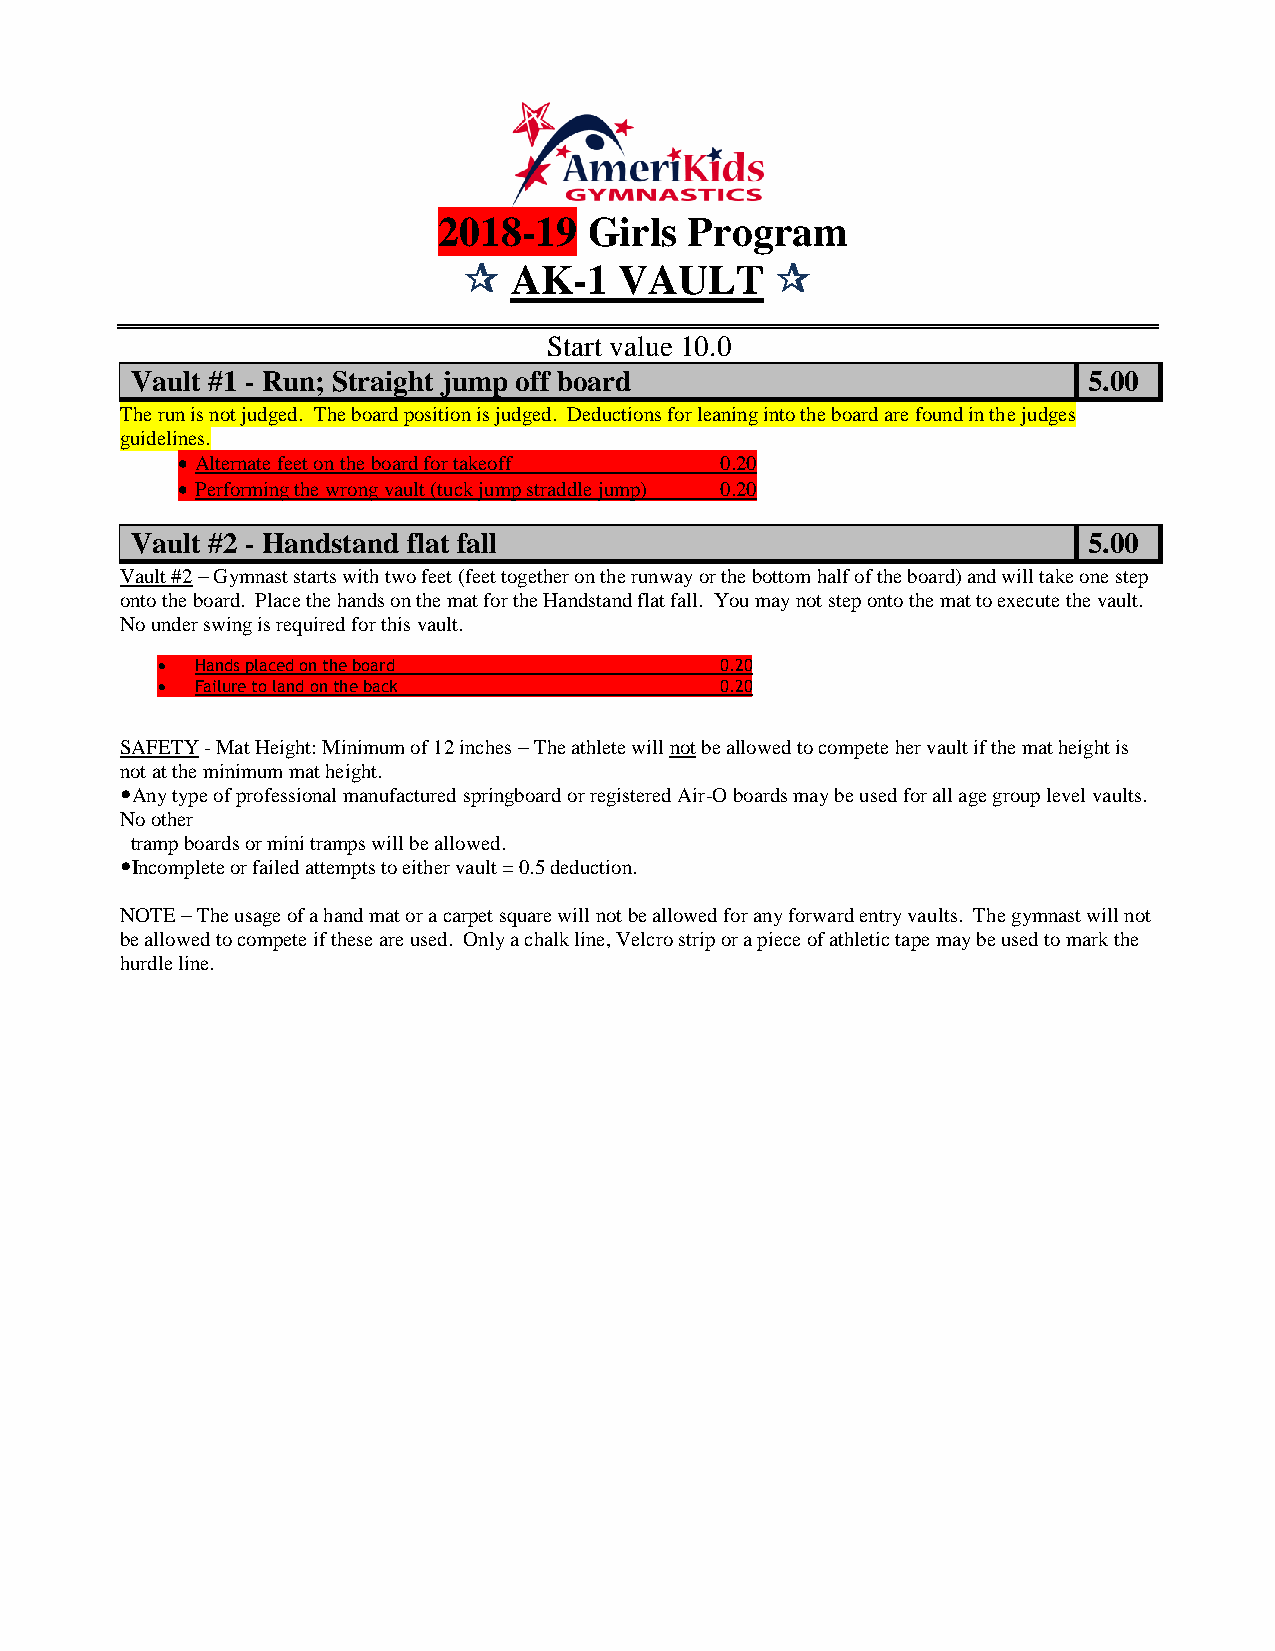
2018-19   Girls  Program
   AK-1   VAULT     
 Start value 10.0
 Vault #1 - Run; Straight jump off board                        5.00
 The run is not judged. The board position is judged. Deductions for leaning into the board are found in the judges
 guidelines.
  Alternate feet on the board for takeoff 0.20
  Performing the wrong vault (tuck jump straddle jump) 0.20
 Vault #2 - Handstand flat fall                                 5.00
 Vault #2 – Gymnast starts with two feet (feet together on the runway or the bottom half of the board) and will take one step
 onto the board. Place the hands on the mat for the Handstand flat fall. You may not step onto the mat to execute the vault.
 No under swing is required for this vault.
   Hands placed on the board          0.20
   Failure to land on the back        0.20
 SAFETY - Mat Height: Minimum of 12 inches – The athlete will not be allowed to compete her vault if the mat height is
 not at the minimum mat height.
 Any type of professional manufactured springboard or registered Air-O boards may be used for all age group level vaults.
 No other
 tramp boards or mini tramps will be allowed.
 Incomplete or failed attempts to either vault = 0.5 deduction.
 NOTE – The usage of a hand mat or a carpet square will not be allowed for any forward entry vaults. The gymnast will not
 be allowed to compete if these are used. Only a chalk line, Velcro strip or a piece of athletic tape may be used to mark the
 hurdle line.